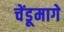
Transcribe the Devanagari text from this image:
चेंडूमागे